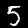
Label: 5